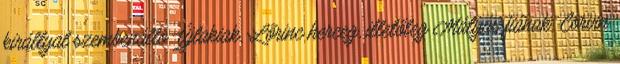
királlyal szembenálló Újlakiak, Lőrinc herceg, illetőleg Mátyás fiának, Corvin